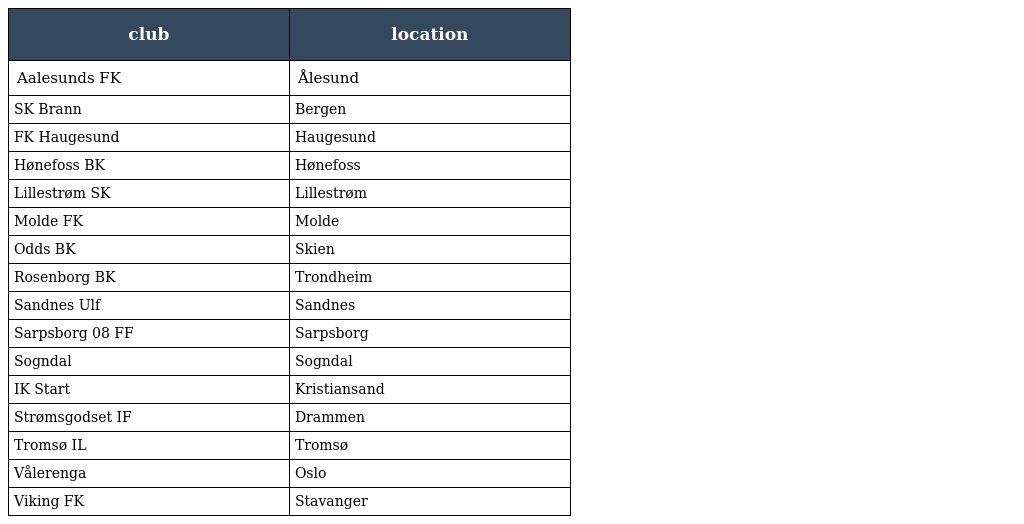
| club | location |
 | --- | --- |
 | Aalesunds FK | Ålesund |
 | SK Brann | Bergen |
 | FK Haugesund | Haugesund |
 | Hønefoss BK | Hønefoss |
 | Lillestrøm SK | Lillestrøm |
 | Molde FK | Molde |
 | Odds BK | Skien |
 | Rosenborg BK | Trondheim |
 | Sandnes Ulf | Sandnes |
 | Sarpsborg 08 FF | Sarpsborg |
 | Sogndal | Sogndal |
 | IK Start | Kristiansand |
 | Strømsgodset IF | Drammen |
 | Tromsø IL | Tromsø |
 | Vålerenga | Oslo |
 | Viking FK | Stavanger |